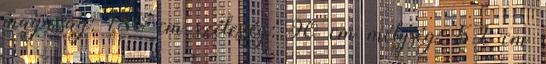
magasság: 186 cm szélesség: 90 cm mélység: 52 cm